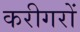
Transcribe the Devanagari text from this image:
करीगरों